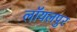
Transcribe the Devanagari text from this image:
लॉयलपुर